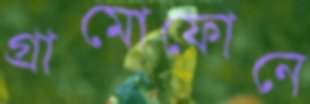
গ্রামোফোনে